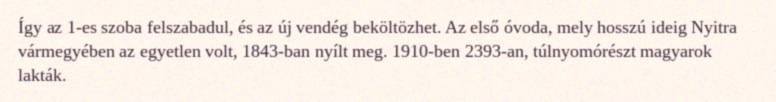
Így az 1-es szoba felszabadul, és az új vendég beköltözhet. Az első óvoda, mely hosszú ideig Nyitra vármegyében az egyetlen volt, 1843-ban nyílt meg. 1910-ben 2393-an, túlnyomórészt magyarok lakták.